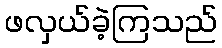
ဖလှယ်ခဲ့ကြသည်